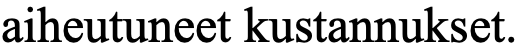
aiheutuneet kustannukset.